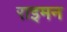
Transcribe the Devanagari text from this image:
राइमन